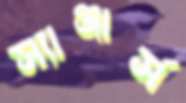
স্যাঞ্জার্স